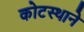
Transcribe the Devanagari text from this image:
कोटस्थाने